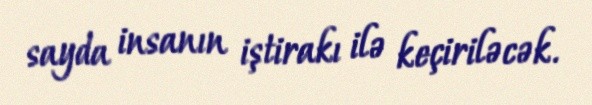
sayda insanın iştirakı ilə keçiriləcək.